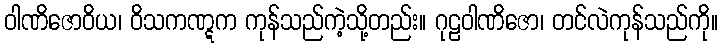
ဝါဏိဇောဝိယ၊ ဝိသကဏ္ဋက ကုန်သည်ကဲ့သို့တည်း။ ဂုဠဝါဏိဇော၊ တင်လဲကုန်သည်ကို။